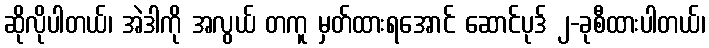
ဆိုလိုပါတယ်၊ အဲဒါကို အလွယ် တကူ မှတ်ထားရအောင် ဆောင်ပုဒ် ၂-ခုစီထားပါတယ်၊